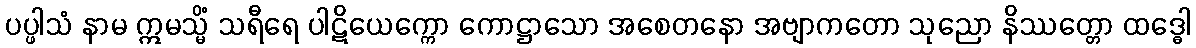
ပပ္ဖါသံ နာမ ဣမသ္မိံ သရီရေ ပါဋိယေက္ကော ကောဋ္ဌာသော အစေတနော အဗျာကတော သုညော နိဿတ္တော ထဒ္ဓေါ